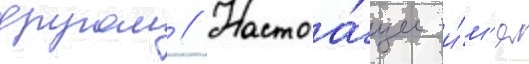
другом // Настоа́щее и́м'я